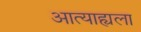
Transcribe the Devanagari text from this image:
आत्याह्यला